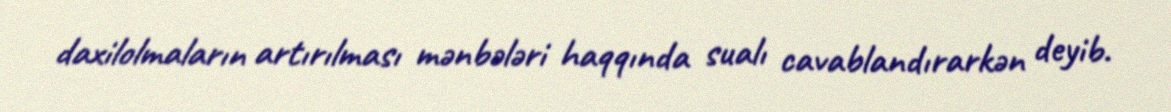
daxilolmaların artırılması mənbələri haqqında sualı cavablandırarkən deyib.